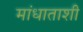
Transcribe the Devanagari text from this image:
मांधाताशी